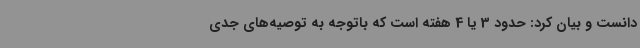
دانست و بیان کرد: حدود 3 یا 4 هفته است که باتوجه به توصیه‌های جدی